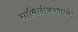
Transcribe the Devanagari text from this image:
सामिलीकरणाने